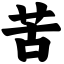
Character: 苦